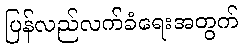
ပြန်လည်လက်ခံရေးအတွက်